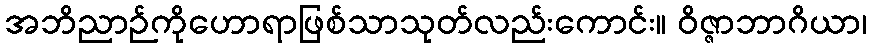
အဘိညာဉ်ကိုဟောရာဖြစ်သာသုတ်လည်းကောင်း။ ဝိဇ္ဇာဘာဂိယာ၊